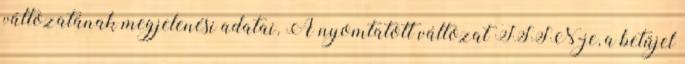
változatának megjelenési adatai. A nyomtatott változat ISSN-je, a betűjel